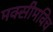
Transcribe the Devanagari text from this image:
मक्सीमविच